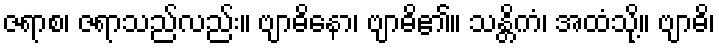
ဇရာစ၊ ဇရာသည်လည်း။ ဗျာဓိနော၊ ဗျာဓိ၏။ သန္တိကံ၊ အထံသို့။ ဗျာဓိ၊